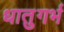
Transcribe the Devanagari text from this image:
धातुगर्भ